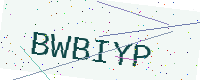
Text: BWBIYP